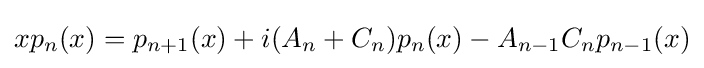
xp_{n}(x)=p_{n+1}(x)+i(A_{n}+C_{n})p_{n}(x)-A_{n-1}C_{n}p_{n-1}(x)